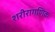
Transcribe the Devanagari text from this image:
शरीरागणिक